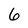
Character: 6